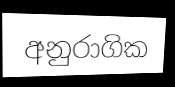
අනුරාගික